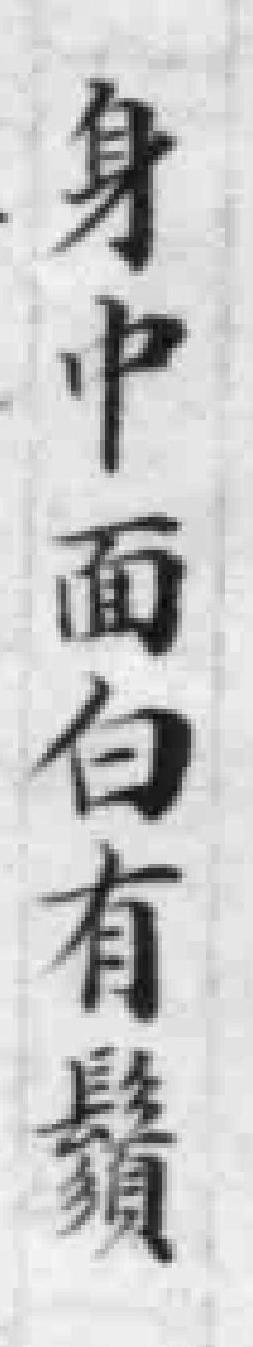
身中面白有鬚